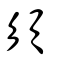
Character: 須